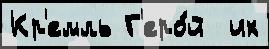
Кр'емль Г'еро́й  их